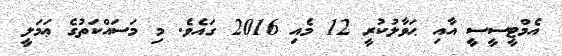
އެމްޓީސީސީ އާއި ޙަވާލުކުރީ 12 މެއި 2016 ގައެވެ. މި މަސައްކަތުގެ ޢަމަލީ